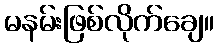
မနမ်းဖြစ်လိုက်ချေ။